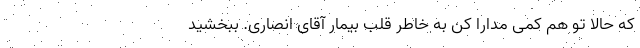
که حالا تو هم کمی مدارا کن به خاطر قلب بیمار آقای انصاری. ببخشید